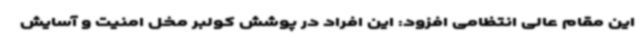
این مقام عالی انتظامی افزود: این افراد در پوشش کولبر مخل امنیت و آسایش